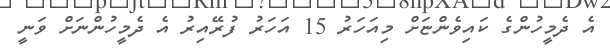
އެ ދެމީހުންގެ ކައިވެންޏަށް މިއަހަރު 15 އަހަރު ފުރޭއިރު އެ ދެމީހުންނަށް ވަނީ